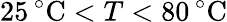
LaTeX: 25\, ^{\circ}\mathrm{C}<T<80\, ^{\circ}\mathrm{C}